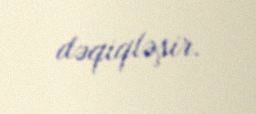
dəqiqləşir.